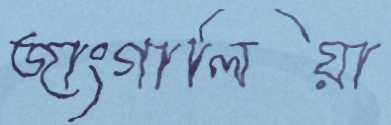
জাংগালিয়া